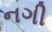
નગી